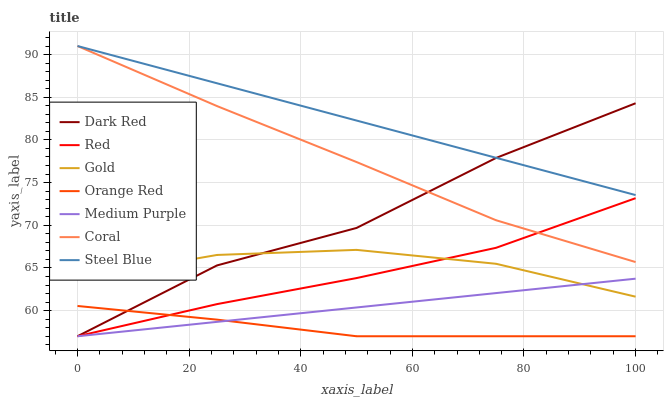
| xaxis_label | Dark Red | Red | Gold | Orange Red | Medium Purple | Coral | Steel Blue |
 | --- | --- | --- | --- | --- | --- | --- | --- |
 | 0 | 57 | 57 | 63.7 | 60.5 | 57 | 91 | 91 |
 | 25 | 65.3 | 60.8 | 66.5 | 58.9 | 58.7 | 84 | 86.6 |
 | 50 | 69.7 | 63.8 | 67.1 | 57 | 60.4 | 77.4 | 82.3 |
 | 75 | 77.9 | 67.4 | 65.5 | 57 | 62.1 | 70.6 | 77.9 |
 | 100 | 84.3 | 73.2 | 61.6 | 57 | 63.7 | 65.7 | 73.5 |